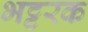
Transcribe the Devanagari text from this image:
भट्टरक